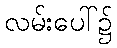
လမ်းပေါ်၌